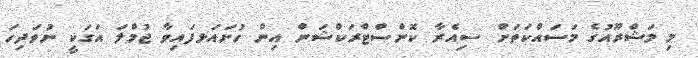
މި މަޝްރޫއުގެ މަސައްކަތަށް ސިއެރާ ކޮންސްޓްރަކްޝަން އިން ހުށައަޅފައިވާ ޖުމްލަ އަގަކީ ނުވަދިހަ